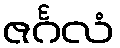
ဇင်္ဂလံ